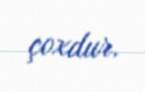
çoxdur.